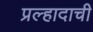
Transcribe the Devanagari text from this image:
प्रल्हादाची